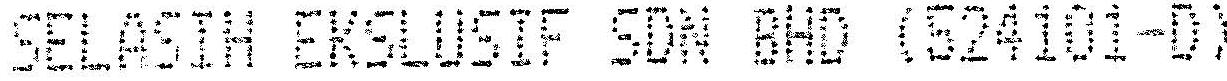
SELASIH EKSLUSIF SDN BHD (524101-D)